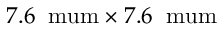
7 . 6 \: \mathrm { \ m u m } \times 7 . 6 \: \mathrm { \ m u m }